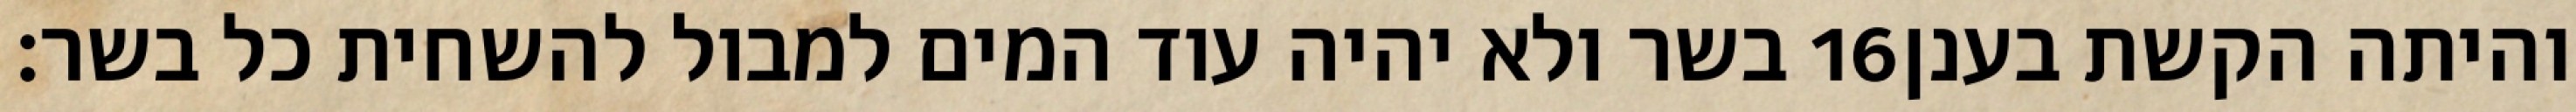
בשר ולא יהיה עוד המים למבול להשחית כל בשר׃ ‎16‏ והיתה הקשת בענן